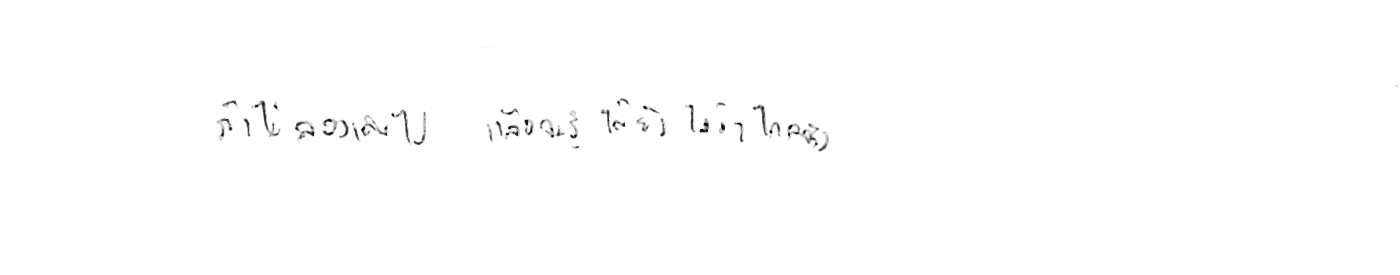
ถ้าไม่ลองเดินไป แล้วจะรู้ได้ยังไงว่าไกลจริง